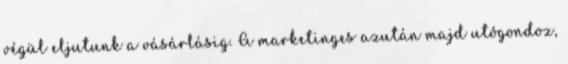
végül eljutunk a vásárlásig. A marketinges azután majd utógondoz,